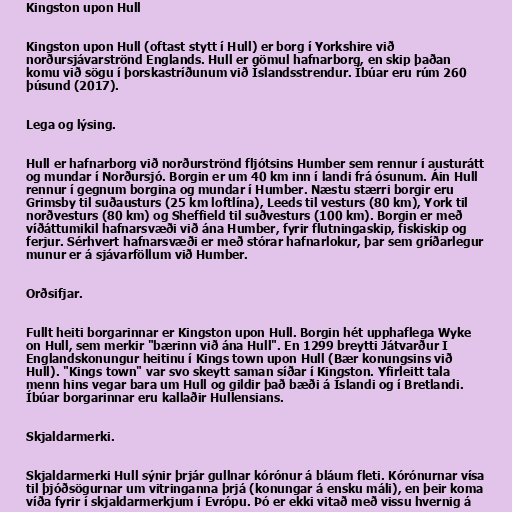
Kingston upon Hull

Kingston upon Hull (oftast stytt í Hull) er borg í Yorkshire við
norðursjávarströnd Englands. Hull er gömul hafnarborg, en skip þaðan
komu við sögu í þorskastríðunum við Íslandsstrendur. Íbúar eru rúm 260
þúsund (2017).

Lega og lýsing.

Hull er hafnarborg við norðurströnd fljótsins Humber sem rennur í austurátt
og mundar í Norðursjó. Borgin er um 40 km inn í landi frá ósunum. Áin Hull
rennur í gegnum borgina og mundar í Humber. Næstu stærri borgir eru
Grimsby til suðausturs (25 km loftlína), Leeds til vesturs (80 km), York til
norðvesturs (80 km) og Sheffield til suðvesturs (100 km). Borgin er með
víðáttumikil hafnarsvæði við ána Humber, fyrir flutningaskip, fiskiskip og
ferjur. Sérhvert hafnarsvæði er með stórar hafnarlokur, þar sem gríðarlegur
munur er á sjávarföllum við Humber.

Orðsifjar.

Fullt heiti borgarinnar er Kingston upon Hull. Borgin hét upphaflega Wyke
on Hull, sem merkir "bærinn við ána Hull". En 1299 breytti Játvarður I
Englandskonungur heitinu í Kings town upon Hull (Bær konungsins við
Hull). "Kings town" var svo skeytt saman síðar í Kingston. Yfirleitt tala
menn hins vegar bara um Hull og gildir það bæði á Íslandi og í Bretlandi.
Íbúar borgarinnar eru kallaðir Hullensians.

Skjaldarmerki.

Skjaldarmerki Hull sýnir þrjár gullnar kórónur á bláum fleti. Kórónurnar vísa
til þjóðsögurnar um vitringanna þrjá (konungar á ensku máli), en þeir koma
víða fyrir í skjaldarmerkjum í Evrópu. Þó er ekki vitað með vissu hvernig á